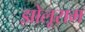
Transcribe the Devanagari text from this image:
झोलूराम